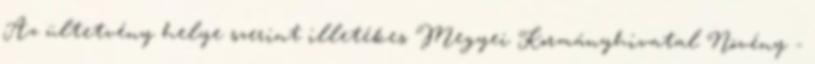
Az ültetvény helye szerint illetékes Megyei Kormányhivatal Növény -